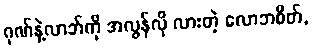
ဂုဏ်နဲ့လာဘ်ကို အလွန်လို လားတဲ့ လောဘစိတ်,